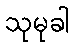
သုမုခါ